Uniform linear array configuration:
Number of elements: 32
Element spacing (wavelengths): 1
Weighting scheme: kaiser
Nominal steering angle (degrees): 15
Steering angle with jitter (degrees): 14.51
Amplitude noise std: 0.05
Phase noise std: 0.05

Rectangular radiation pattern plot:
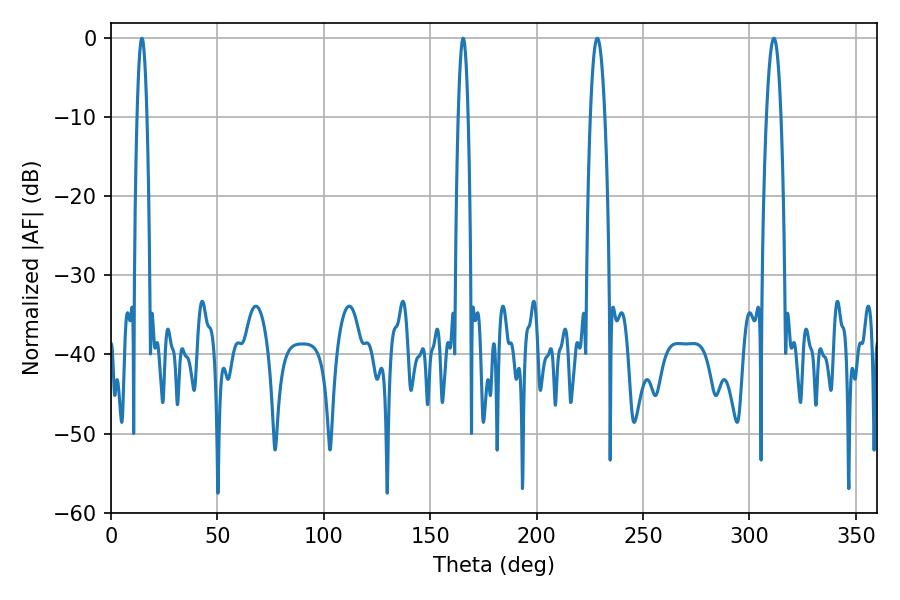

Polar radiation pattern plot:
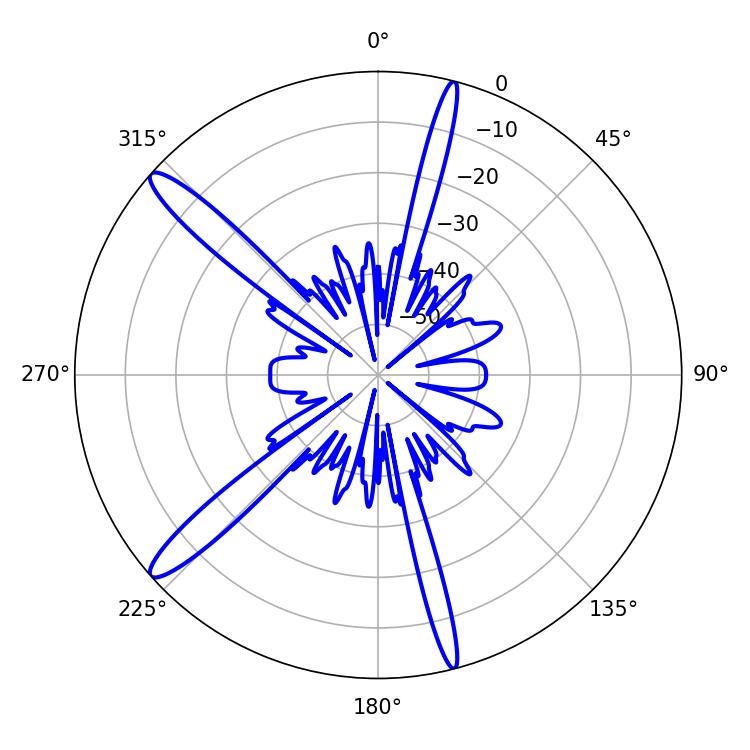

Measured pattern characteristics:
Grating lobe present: TRUE
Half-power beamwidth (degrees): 2.52
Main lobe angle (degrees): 165.42